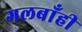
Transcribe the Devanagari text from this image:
गलबाँही